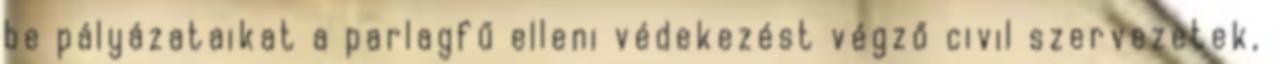
be pályázataikat a parlagfű elleni védekezést végző civil szervezetek,